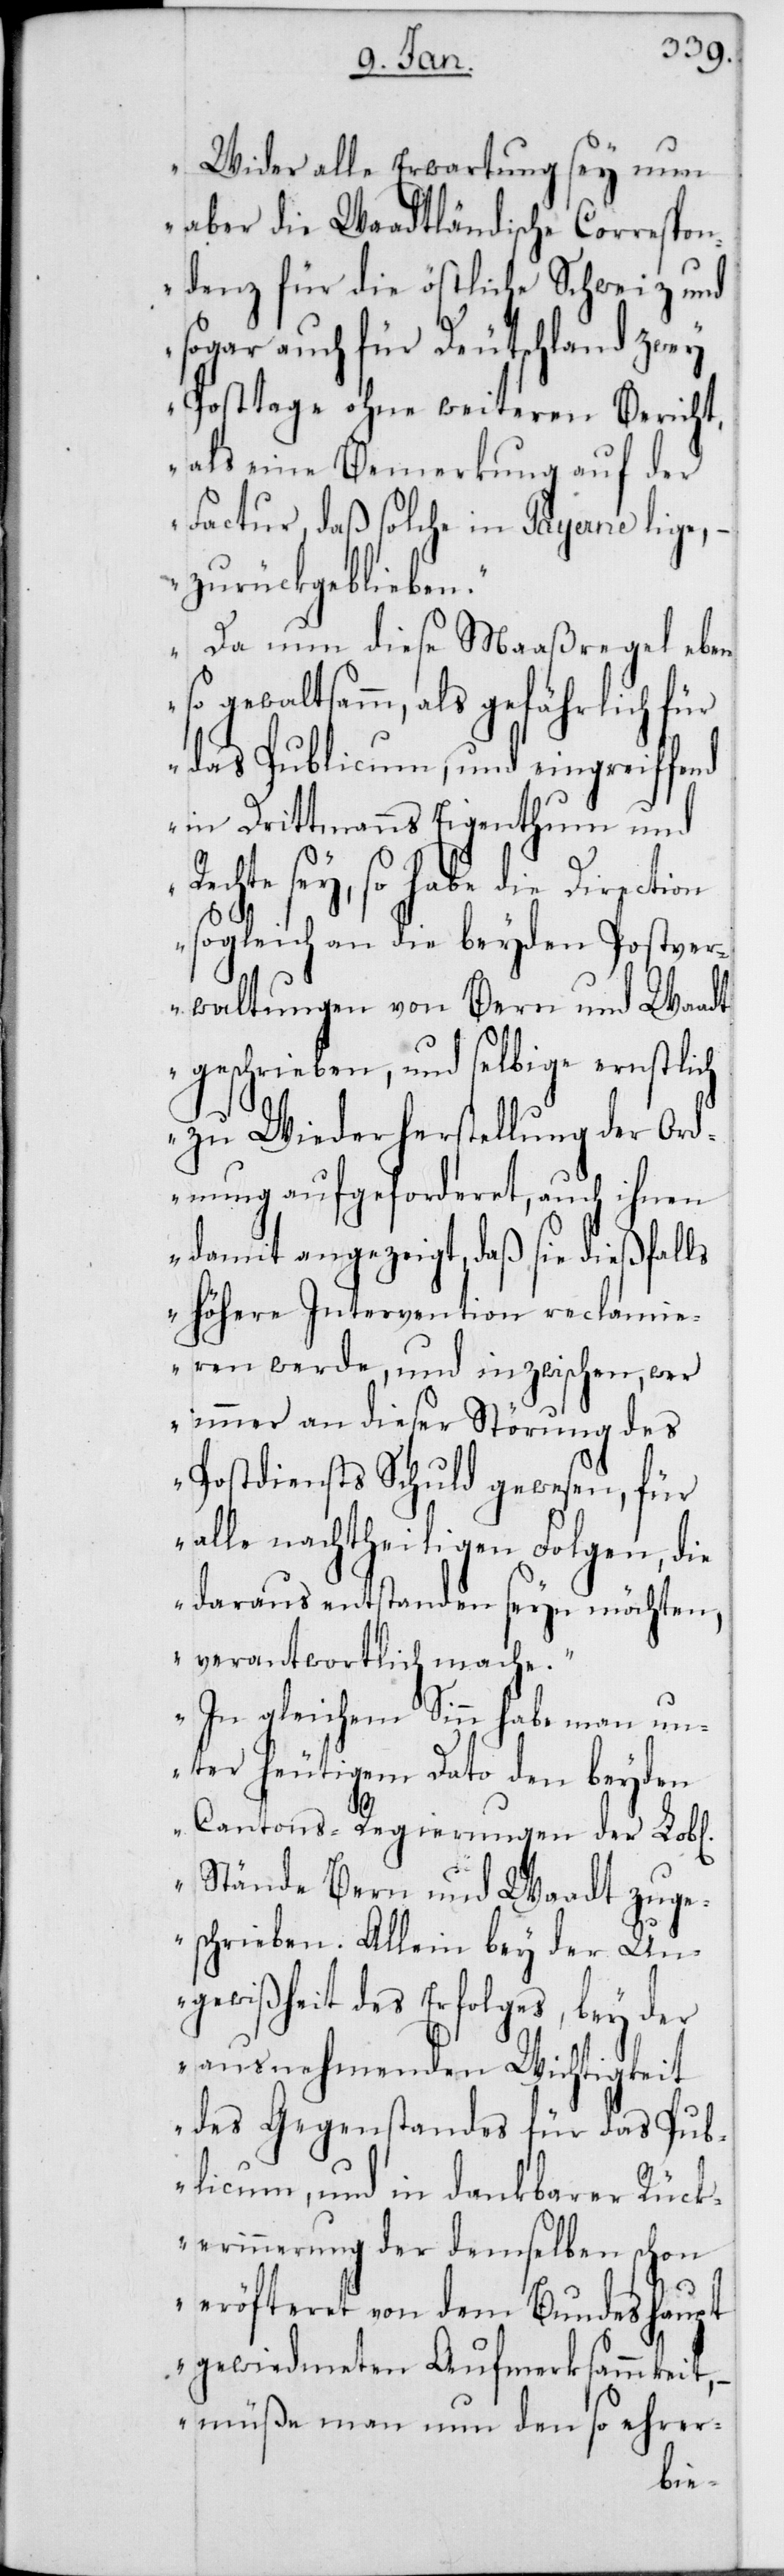
„Wider alle Erwartung sey nun
aber die Waadtländische Correspon¬
denz für die östliche Schweiz und
sogar auch für Deutschland zwey
Posttage ohne weiteren Bericht,
als eine Bemerkung auf der
Factur, daß solche in Payerne lige,
zurückgeblieben.“
„Da nun diese Maaßregel eben¬
so gewaltsamm, als gefährlich für
das Publicum, und eingreiffend
in Drittmanns Eigenthum und
chte sey, so habe die
sogleich an die beyden Postver¬
waltungen von Bern und Waadt
geschrieben, und selbige ernstlich
zu Wiederherstellung der Ord¬
nung aufgeforderet, auch ihnen
damit angezeigt, daß sie dießfalls
höhere Intervention reclamie¬
ren werde, und inzwischen, wer
immer an dieser Störung des
Postdiensts Schuld gewesen, für
alle nachtheiligen Folgen, die
daraus entstanden seyn möchten,
verantwortlich mache.“
„In gleichem Sinn habe man un¬
ter heutigem Dato den beyden
Cantons-Regierungen der Lobl[i¬
n] Stände Bern und Waadt zuge¬
schrieben. Allein bey der Un¬
gewißheit des Erfolges, bey der
ausnehmenden Wichtigkeit
des Gegenstandes für das Pub¬
licum, und in dankbarer Rück¬
erinnerung der demselben schon
eröfteret von dem Bundeshaupt
gewiedmeten Aufmerksammkeit,
müße man nun den so ehrer-
che¬